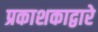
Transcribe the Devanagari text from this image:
प्रकाशकाद्वारे